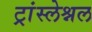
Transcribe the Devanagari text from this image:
ट्रांस्लेश्नल